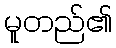
မူတည်၏